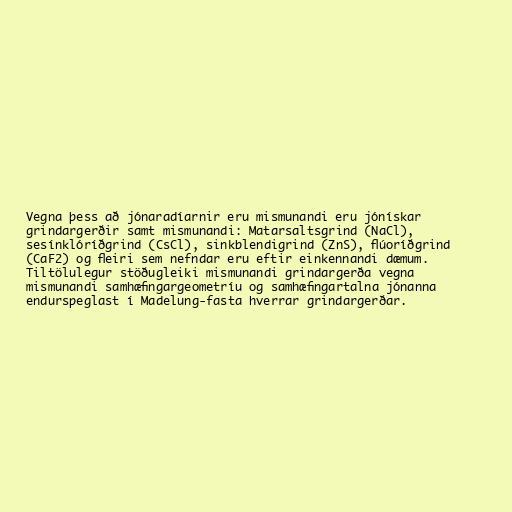
Vegna þess að jónaradíarnir eru mismunandi eru jónískar
grindargerðir samt mismunandi: Matarsaltsgrind (NaCl),
sesínklóríðgrind (CsCl), sinkblendigrind (ZnS), flúoríðgrind
(CaF2) og fleiri sem nefndar eru eftir einkennandi dæmum.
Tiltölulegur stöðugleiki mismunandi grindargerða vegna
mismunandi samhæfingargeometríu og samhæfingartalna jónanna
endurspeglast í Madelung-fasta hverrar grindargerðar.